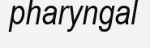
pharyngal